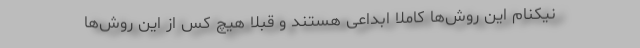
نیکنام این روش‌ها کاملا ابداعی هستند و قبلا هیچ کس از این روش‌ها